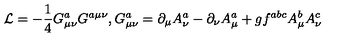
{ \cal L } = - \frac { 1 } { 4 } G _ { \mu \nu } ^ { a } G ^ { a \mu \nu } , G _ { \mu \nu } ^ { a } = \partial _ { \mu } A _ { \nu } ^ { a } - \partial _ { \nu } A _ { \mu } ^ { a } + g f ^ { a b c } A _ { \mu } ^ { b } A _ { \nu } ^ { c }